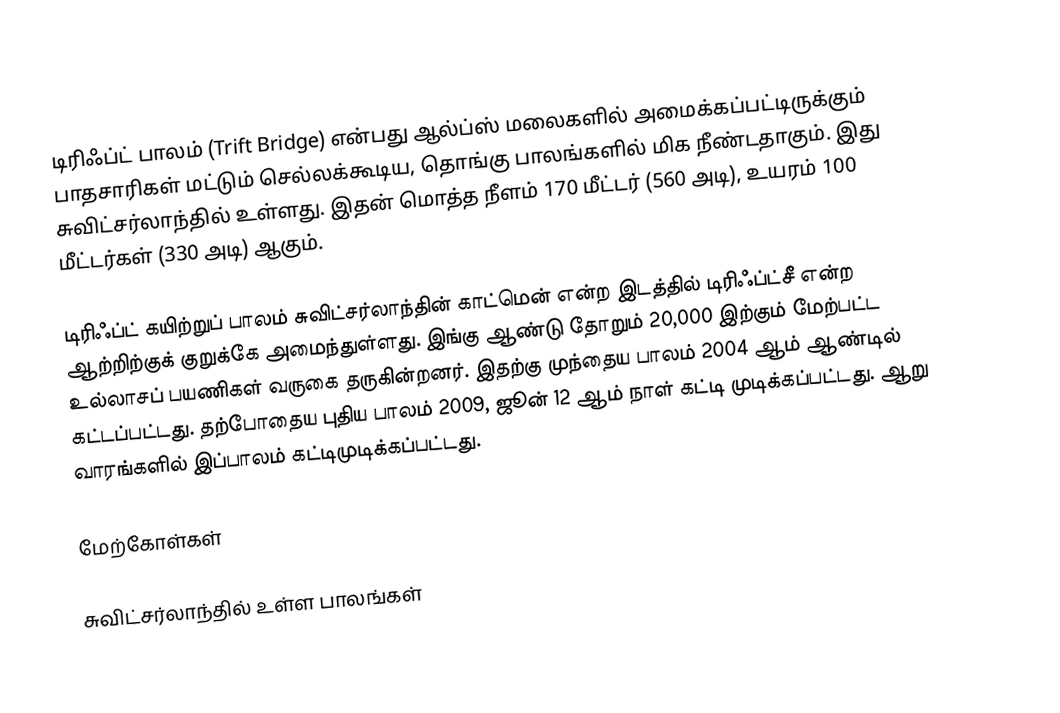
டிரிஃப்ட் பாலம் (Trift Bridge) என்பது ஆல்ப்ஸ் மலைகளில் அமைக்கப்பட்டிருக்கும் பாதசாரிகள் மட்டும் செல்லக்கூடிய, தொங்கு பாலங்களில் மிக நீண்டதாகும். இது சுவிட்சர்லாந்தில் உள்ளது. இதன் மொத்த நீளம் 170 மீட்டர் (560 அடி), உயரம் 100 மீட்டர்கள் (330 அடி) ஆகும்.

டிரிஃப்ட் கயிற்றுப் பாலம் சுவிட்சர்லாந்தின் காட்மென் என்ற இடத்தில் டிரிஃப்ட்சீ என்ற ஆற்றிற்குக் குறுக்கே அமைந்துள்ளது. இங்கு ஆண்டு தோறும் 20,000 இற்கும் மேற்பட்ட உல்லாசப் பயணிகள் வருகை தருகின்றனர். இதற்கு முந்தைய பாலம் 2004 ஆம் ஆண்டில் கட்டப்பட்டது. தற்போதைய புதிய பாலம் 2009, ஜூன் 12 ஆம் நாள் கட்டி முடிக்கப்பட்டது. ஆறு வாரங்களில் இப்பாலம் கட்டிமுடிக்கப்பட்டது.

மேற்கோள்கள்

சுவிட்சர்லாந்தில் உள்ள பாலங்கள்